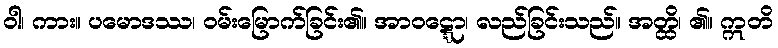
ဝါ၊ ကား။ ပမောဒဿ၊ ဝမ်းမြောက်ခြင်း၏။ အာဝဋ္ဋော၊ လည်ခြင်းသည်။ အတ္ထိ၊ ၏။ ဣတိ